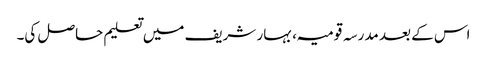
اس کے بعد مدرسہ قومیہ، بہار شریف میں تعلیم حاصل کی۔